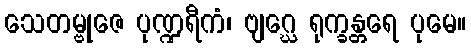
သေတမ္ဗုဇေ ပုဏ္ဍရီကံ၊ ဗျဂ္ဃေ ရုက္ခန္တရေ ပုမေ။